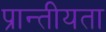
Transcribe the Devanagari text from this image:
प्रान्तीयता